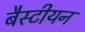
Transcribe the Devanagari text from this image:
बैस्टीयन